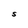
Character: S